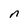
Character: n